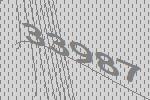
33987